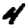
Digit: 4